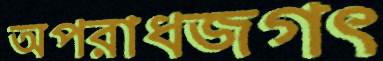
অপরাধজগৎ